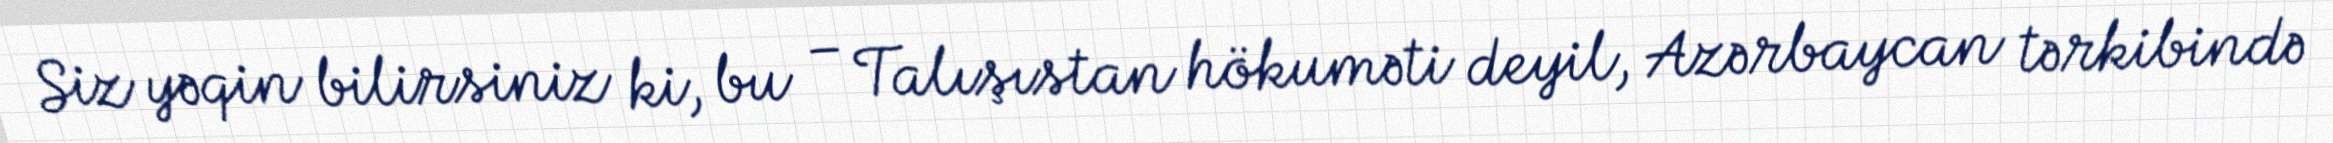
Siz yəqin bilirsiniz ki, bu – Talışıstan hökuməti deyil, Azərbaycan tərkibində